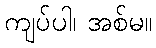
ကျပ်ပါ၊ အစ်မ။